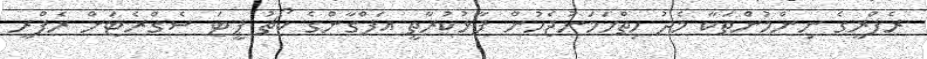
ރެފްރީގެ ނިންމުންތަކާ މެދު ހިތްހަމަނުޖެހުން ފާޅުކުރާތީ އަފްގާންގެ ކޯޗު ޕީޓަ ސެގްރެޓަށް ރެފްރީ